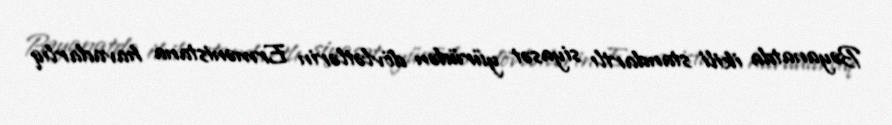
Bəyanatda ikili standartlı siyasət yürüdən dövlətlərin Ermənistana havadarlıq